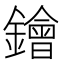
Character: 𨭗